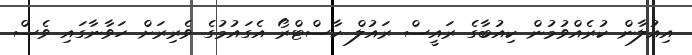
އިއުލާން ކުރެއްވުމުން ކިއުބާގެ ރައީސް ރައުލް ކާސްޓްރޯ އެގައުމުގެ ވެރިރަށް ހަވާނާގައި ވެސް